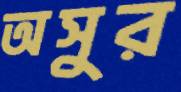
অসুর